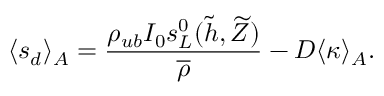
\langle s _ { d } \rangle _ { A } = \frac { \rho _ { u b } I _ { 0 } s _ { L } ^ { 0 } ( \widetilde { h } , \widetilde { Z } ) } { \overline { \rho } } - D { \langle \kappa \rangle _ { A } } .